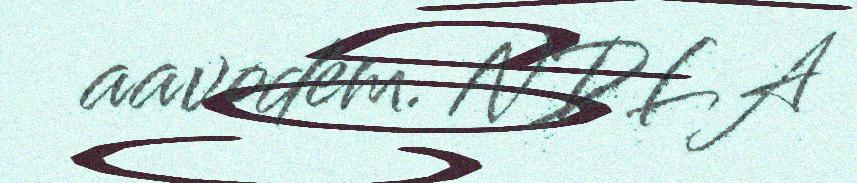
aavodem. NDLA